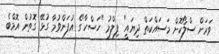
ވަރަށް ސްލޯކޮށް މަސައްކަތް ދިޔައީ" ފިލްމު "ހަސްކާ"ގެ އުފަންވުމާ ގުޅޭ ގޮތުން އޮމްބެ